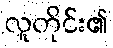
လူတိုင်း၏